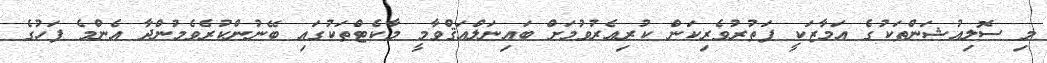
މި ސޮލިއުޝަންތަކުގެ އަމާޒަކީ ފަތުރުވެރިކަން ކުރިއެރުވުމަށް ބައިނަލްއަޤްވާމީ މާކެޓްތަކުގައި ބޭނުންކުރެވެމުންދާ އެންމެ ފަހުގެ